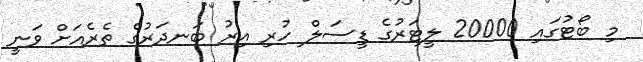
މި ބޯޓުގައި 20000 ލީޓަރުގެ ޑީސަލް ހުރި އިރު ބަނދަރުގެ ތެރެއަށް ވަނީ